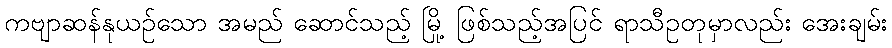
ကဗျာဆန်နုယဉ်သော အမည် ဆောင်သည့် မြို့ ဖြစ်သည့်အပြင် ရာသီဥတုမှာလည်း အေးချမ်း